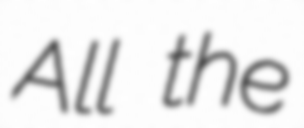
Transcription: All the